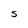
Character: S